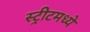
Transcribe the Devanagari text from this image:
स्ट्रीटमध्ये